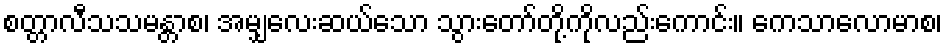
စတ္တာလီသသမန္တာစ၊ အမျှလေးဆယ်သော သွားတော်တို့ကိုလည်းကောင်း။ ကေသာလောမာစ၊